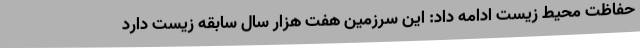
حفاظت محیط زیست ادامه داد: این سرزمین هفت هزار سال سابقه زیست دارد